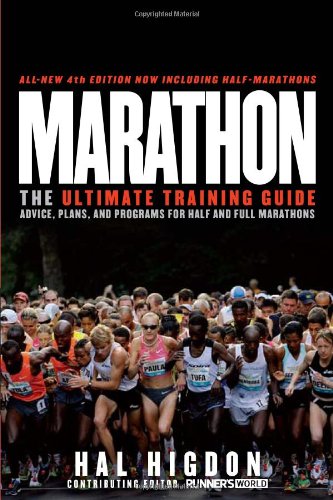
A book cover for Marathon: The Ultimate Training Guide: Advice, Plans, and Programs for Half and Full Marathons; Hal Higdon; Health, Fitness & Dieting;